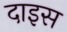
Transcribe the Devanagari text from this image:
दाइस